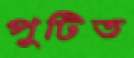
পুটিত